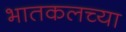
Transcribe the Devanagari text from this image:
भातकलच्या